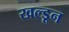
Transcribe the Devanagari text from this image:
खल्डून